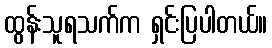
ထွန်းသူရသက်က ရှင်းပြပါတယ်။